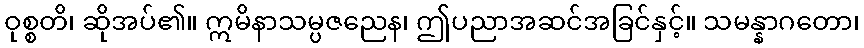
ဝုစ္စတိ၊ ဆိုအပ်၏။ ဣမိနာသမ္ပဇညေန၊ ဤပညာအဆင်အခြင်နှင့်။ သမန္နာဂတော၊